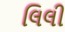
લિલી